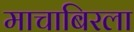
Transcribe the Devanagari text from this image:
माचाबिरला